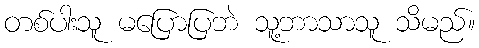
တစ်ပါးသူ မပြောပြဘဲ သူ့ဘာသာသူ သိမည်။